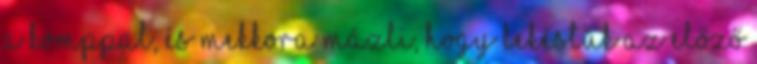
a komppal, és mekkora mázli, hogy lekéstük az előző